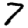
Digit: 7